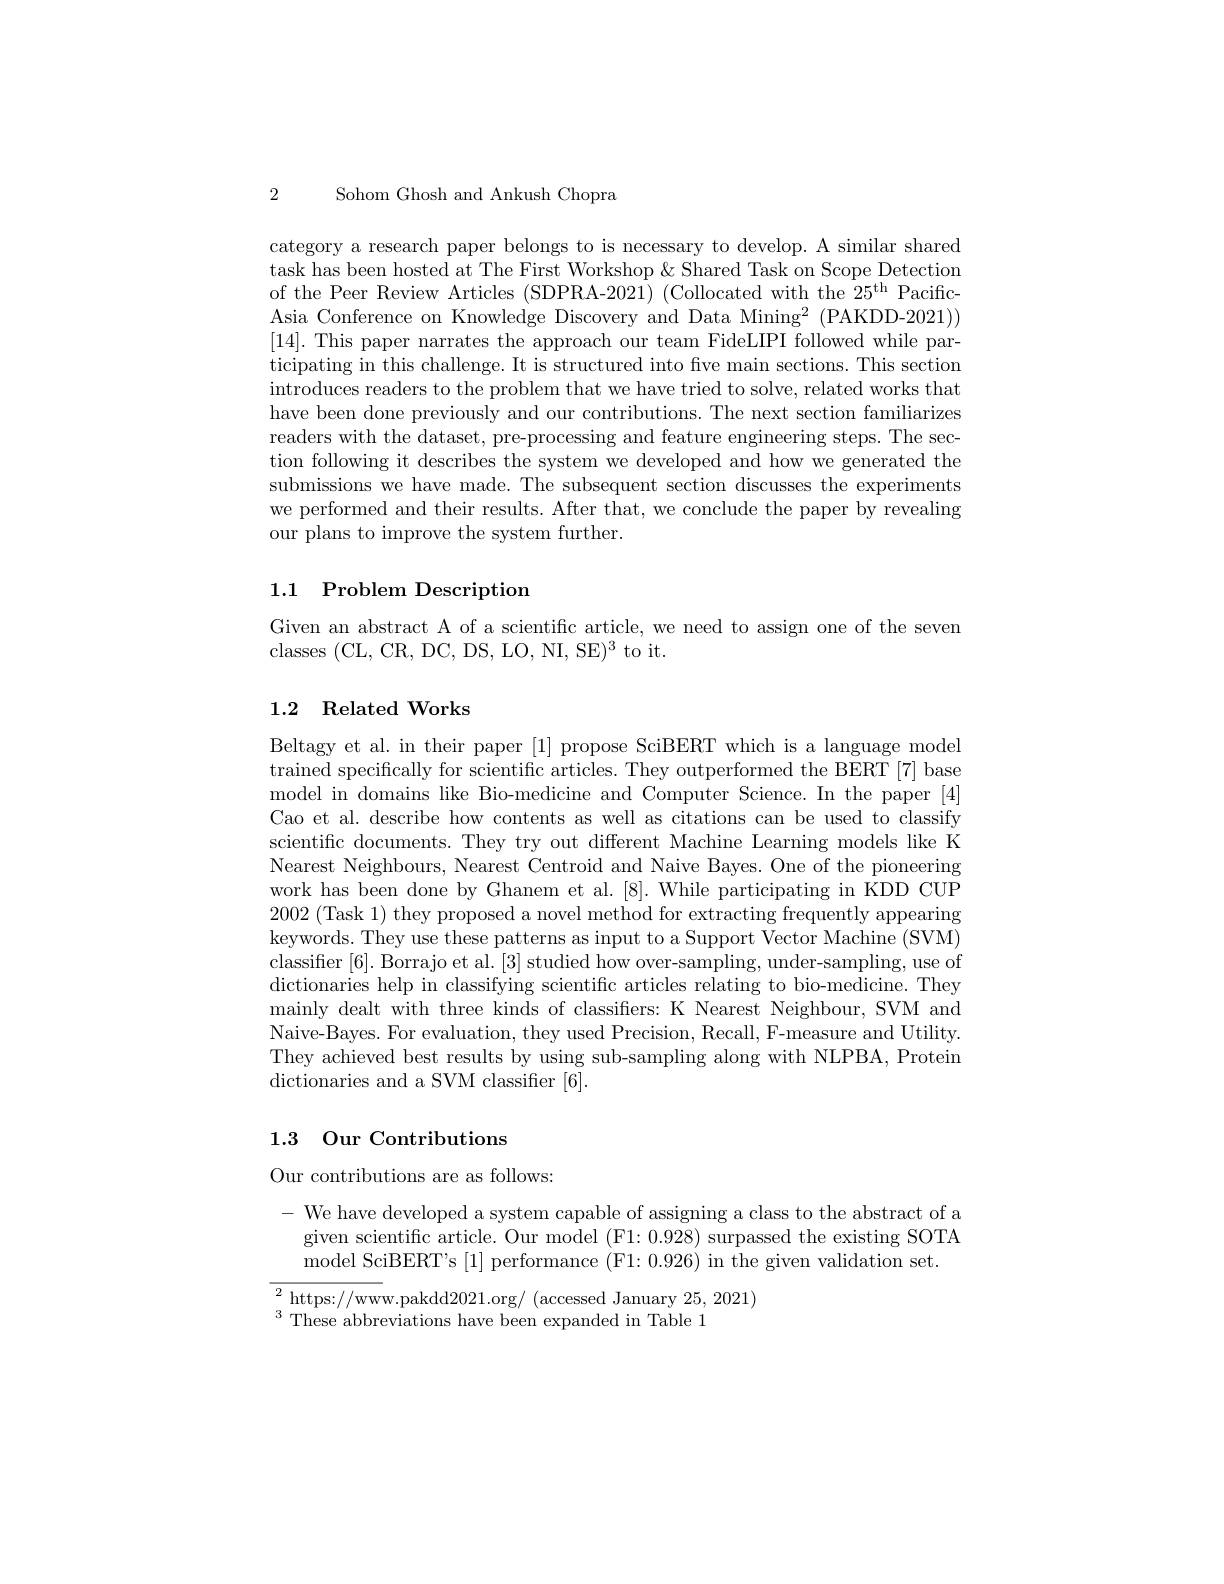
Sohom Ghosh and Ankush Chopra

2

category a research paper belongs to is necessary to develop. A similar shared task has been hosted at The First Workshop & Shared Task on Scope Detection of the Peer Review Articles (SDPRA-2021) (Collocated with the $25^\mathrm{th}$ PacificAsia Conference on Knowledge Discovery and Data Mining$^2$( PAKDD- 2021) ) [14]. This paper narrates the approach our team FideLIPI followed while participating in this challenge. It is structured into five main sections. This section introduces readers to the problem that we have tried to solve, related works that have been done previously and our contributions. The next section familiarizes readers with the dataset, pre-processing and feature engineering steps. The section following it describes the system we developed and how we generated the submissions we have made. The subsequent section discusses the experiments we performed and their results. After that, we conclude the paper by revealing our plans to improve the system further.

### 1.1 Problem Description

$\begin{array}{l}{\mathrm{Given~an~abstract~A~of~a~scientific~article,~we~need~to~assign~one~of~the~seven}}\\{\mathrm{classes~(CL,~CR,~DC,~DS,~LO,~NI,~SE)^{3}~to~it.}}\end{array}$

### 1.2 Related Works

Beltagy et al. in their paper [1] propose SciBERT which is a language model trained specifically for scientific articles. They outperformed the BERT [7] base model in domains like Bio-medicine and Computer Science. In the paper [4] Cao et al. describe how contents as well as citations can be used to classify scientific documents. They try out different Machine Learning models like K Nearest Neighbours, Nearest Centroid and Naive Bayes. One of the pioneering work has been done by Ghanem et al.[8]. While participating in KDD CUP 2002 (Task 1) they proposed a novel method for extracting frequently appearing keywords. They use these patterns as input to a Support Vector Machine (SVM) classifier [6]. Borrajo et al. [3] studied how over-sampling, under-sampling, use of dictionaries help in classifying scientific articles relating to bio-medicine. They mainly dealt with three kinds of classifiers: K Nearest Neighbour, SVM and Naive-Bayes. For evaluation, they used Precision, Recall, F-measure and Utility. They achieved best results by using sub-sampling along with NLPBA, Protein dictionaries and a SVM classifier [6].

## 1.3 Our Contributions

Our contributions are as follows:

$-{\text{ We have developed a system capable of assigning a class to the abstract of a}}$
given scientific article. Our model (F1:0.928) surpassed the existing SOTA
model SciBER$T^{\prime }$s [ 1]  performance ( F1:  0. 926)  in the given validation set.

$\overline{{^2\text{https://ww}}}$w.pakdd2021.org/ (accessed January 25,2021)
$^{3}$These abbreviations have been expanded in Table 1